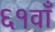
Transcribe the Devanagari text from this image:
६१वाँ